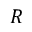
{ \boldsymbol { R } }